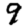
Digit: 9